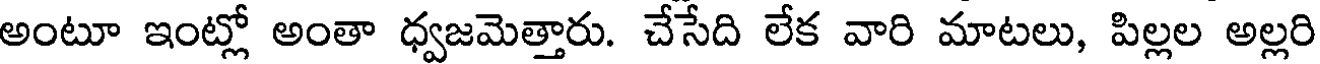
అంటూ ఇంట్లో అంతా ధ్వజమెత్తారు. చేసేది లేక వారి మాటలు, పిల్లల అల్లరి